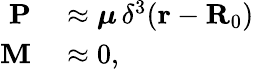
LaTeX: \begin{array}{rl}{\mathbf{P}}&{{}\approx\boldsymbol{\mu}\, \delta^{3}(\mathbf{r}-\mathbf{R}_{0})}\\ {\mathbf{M}}&{{}\approx 0,}\end{array}